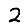
Digit: 2